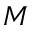
M